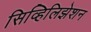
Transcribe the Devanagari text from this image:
सिव्हिलिझेशन